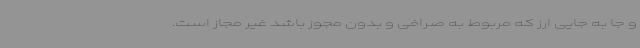
و جا به جایی ارز که مربوط به صرافی و بدون مجوز باشد غیر مجاز است.